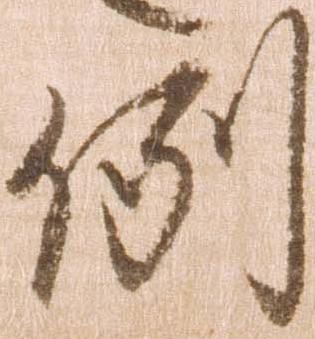
例